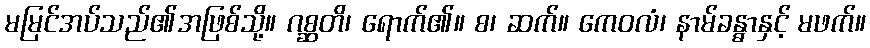
မမြင်အပ်သည်၏အဖြစ်သို့။ ဂစ္ဆတိ၊ ရောက်၏။ စ၊ ဆက်။ ကေဝလံ၊ နာမ်ခန္ဓာနှင့် မဖက်။